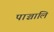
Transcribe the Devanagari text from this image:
पाञ्चालि